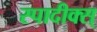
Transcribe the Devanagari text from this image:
स्पादीक्स्